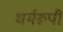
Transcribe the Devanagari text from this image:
धर्मरूपी